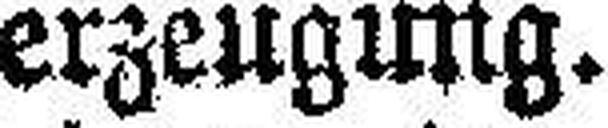
erzeugung.